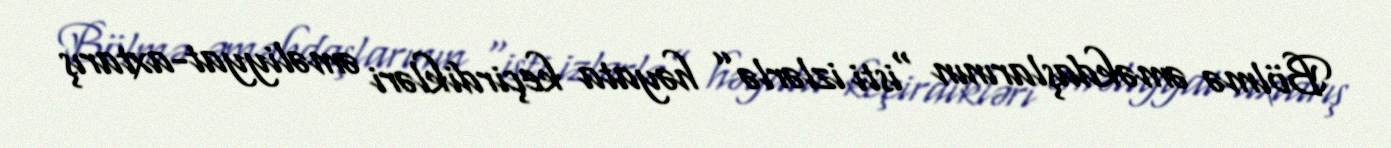
Bölmə əməkdaşlarının “isti izlərlə” həyata keçirdikləri əməliyyat-axtarış